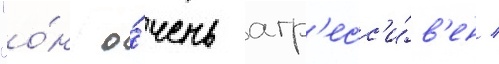
"о́н о́чень агр'есс'и́в'ен /